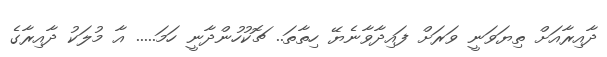
ދާއިރާއަށް ތިޔަވަނީ ވަރަށް ފައިދާވާނެޔޭ ހިތާތަ.. ޗޮކުހުންދާނީ ހަމަ..... އާ މުލަކު ދާއިރާގެ